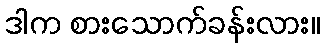
ဒါက စားသောက်ခန်းလား။